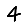
Digit: 4